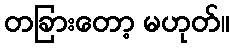
တခြားတော့ မဟုတ်။